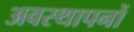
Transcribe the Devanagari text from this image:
अवस्थापनों